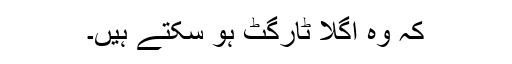
کہ وہ اگلا ٹارگٹ ہو سکتے ہیں۔